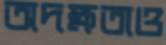
অদক্ষতাও